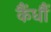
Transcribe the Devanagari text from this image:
कैंधौं